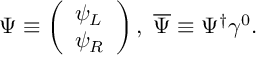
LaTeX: \Psi \equiv \left( \begin{array} { l } { { \psi _ { L } } } \\ { { \psi _ { R } } } \end{array} \right) , \ \overline { { { \Psi } } } \equiv \Psi ^ { \dagger } \gamma ^ { 0 } .